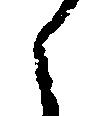
之